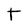
Character: T